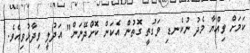
ކަމަށް ވިއްޔާ މެދު ނުކެނޑި ވަގުތީ ގޮތުން އެކަން ކޮށްދޭނަން" އަދުލީ ވިދާޅުވިއެވެ.